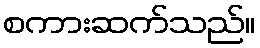
စကားဆက်သည်။